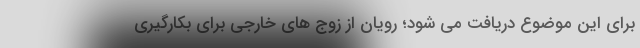
برای این موضوع دریافت می شود؛ رویان از زوج های خارجی برای بکارگیری